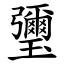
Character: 瓕